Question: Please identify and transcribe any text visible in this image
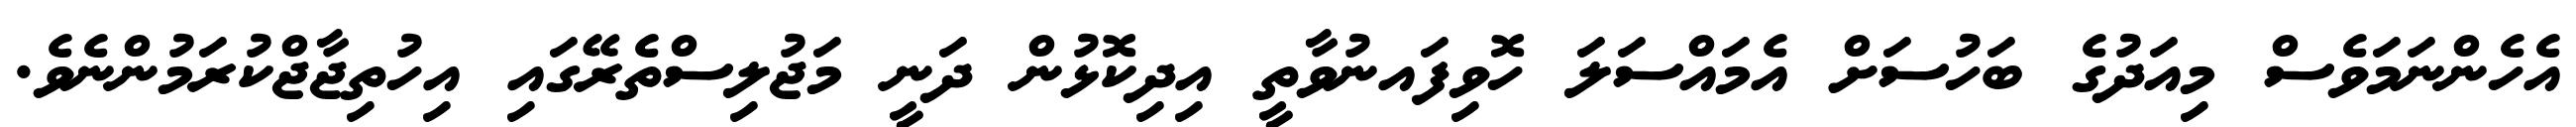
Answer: އެހެންނަމަވެސް މިއަދުގެ ބަހުސަށް އެމައްސަލަ ހޮވިފައނުވާތީ އިދިކޮޅުން ދަނީ މަޖުލިސްތެރޭގައި އިހުތިޖާޖްކުރަމުންނެވެ.